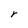
Character: r